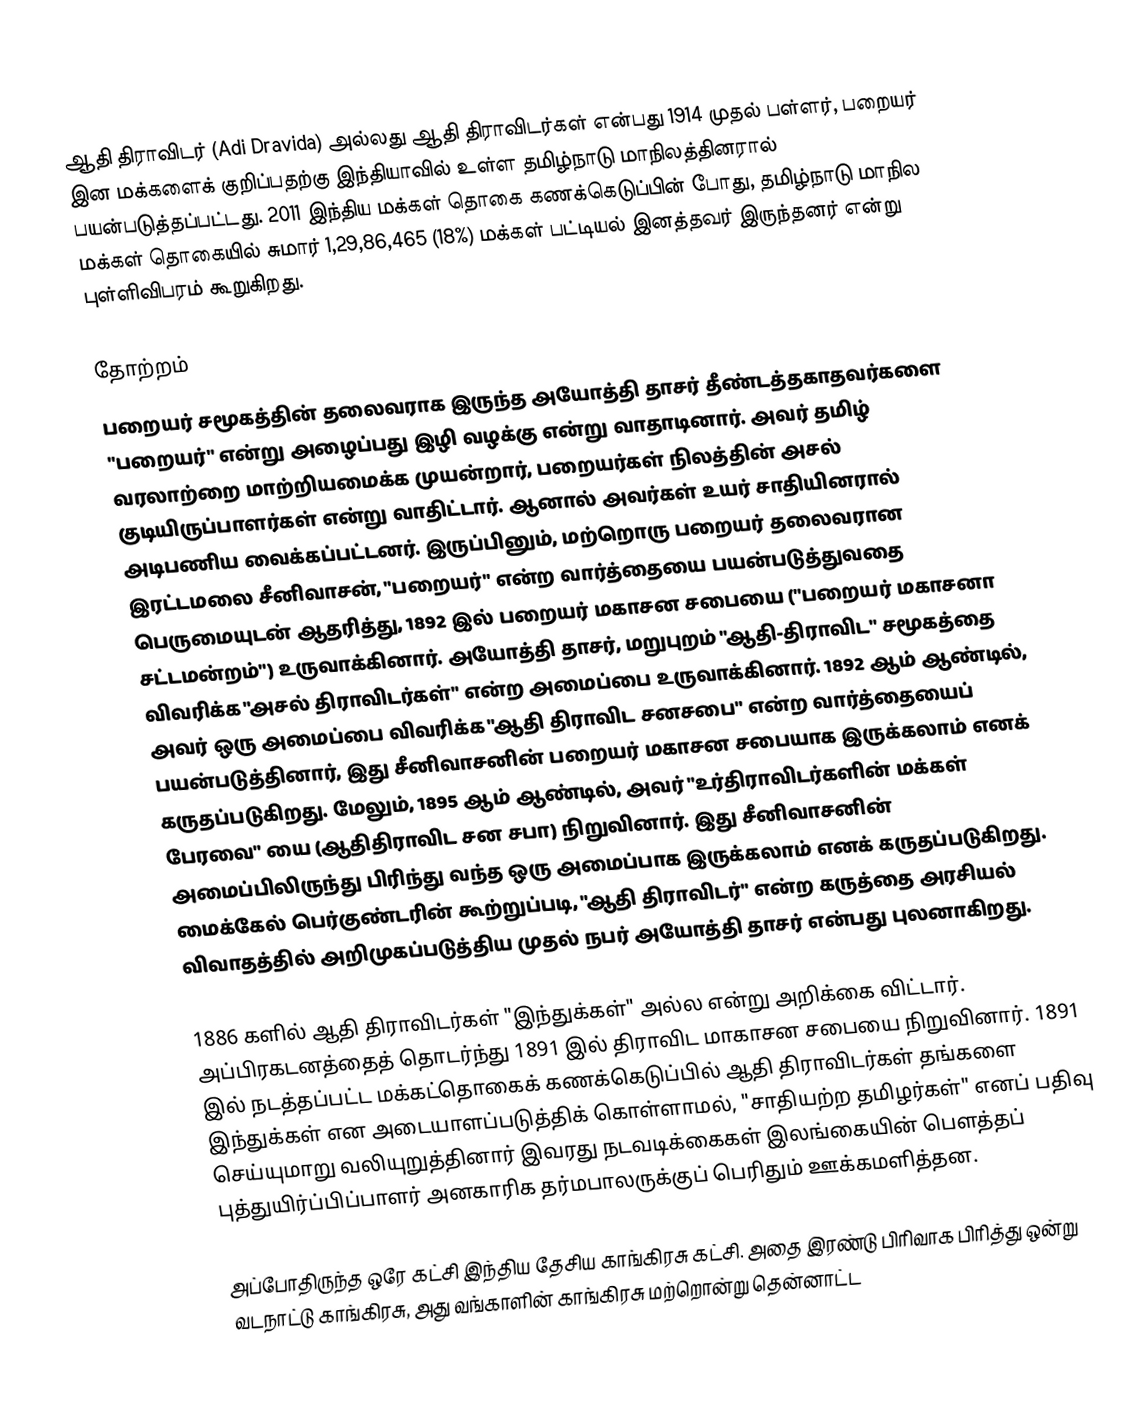
ஆதி திராவிடர் (Adi Dravida) அல்லது ஆதி திராவிடர்கள் என்பது 1914 முதல் பள்ளர், பறையர் இன மக்களைக் குறிப்பதற்கு  இந்தியாவில் உள்ள தமிழ்நாடு மாநிலத்தினரால் பயன்படுத்தப்பட்டது.  2011 இந்திய மக்கள் தொகை கணக்கெடுப்பின் போது, தமிழ்நாடு மாநில மக்கள் தொகையில் சுமார் 1,29,86,465 (18%) மக்கள் பட்டியல் இனத்தவர் இருந்தனர் என்று புள்ளிவிபரம் கூறுகிறது.

தோற்றம்
பறையர் சமூகத்தின் தலைவராக இருந்த அயோத்தி தாசர் தீண்டத்தகாதவர்களை "பறையர்" என்று அழைப்பது இழி வழக்கு என்று வாதாடினார்.  அவர் தமிழ் வரலாற்றை மாற்றியமைக்க முயன்றார், பறையர்கள் நிலத்தின் அசல் குடியிருப்பாளர்கள் என்று வாதிட்டார். ஆனால் அவர்கள் உயர் சாதியினரால் அடிபணிய வைக்கப்பட்டனர். இருப்பினும், மற்றொரு பறையர் தலைவரான இரட்டமலை சீனிவாசன், "பறையர்" என்ற வார்த்தையை பயன்படுத்துவதை பெருமையுடன் ஆதரித்து, 1892 இல் பறையர் மகாசன சபையை ("பறையர் மகாசனா சட்டமன்றம்") உருவாக்கினார்.  அயோத்தி தாசர், மறுபுறம் "ஆதி-திராவிட" சமூகத்தை விவரிக்க "அசல் திராவிடர்கள்" என்ற அமைப்பை உருவாக்கினார். 1892 ஆம் ஆண்டில், அவர் ஒரு அமைப்பை விவரிக்க "ஆதி திராவிட சனசபை" என்ற வார்த்தையைப் பயன்படுத்தினார், இது சீனிவாசனின் பறையர் மகாசன சபையாக இருக்கலாம் எனக் கருதப்படுகிறது. மேலும், 1895 ஆம் ஆண்டில், அவர் "உர்திராவிடர்களின் மக்கள் பேரவை" யை (ஆதிதிராவிட சன சபா) நிறுவினார். இது சீனிவாசனின் அமைப்பிலிருந்து பிரிந்து வந்த ஒரு அமைப்பாக இருக்கலாம் எனக் கருதப்படுகிறது. மைக்கேல் பெர்குண்டரின் கூற்றுப்படி, "ஆதி திராவிடர்" என்ற கருத்தை அரசியல் விவாதத்தில் அறிமுகப்படுத்திய முதல் நபர் அயோத்தி தாசர் என்பது புலனாகிறது.

1886 களில் ஆதி திராவிடர்கள் "இந்துக்கள்" அல்ல என்று அறிக்கை விட்டார். அப்பிரகடனத்தைத் தொடர்ந்து 1891 இல் திராவிட மாகாசன சபையை நிறுவினார். 1891 இல் நடத்தப்பட்ட மக்கட்தொகைக் கணக்கெடுப்பில் ஆதி திராவிடர்கள் தங்களை இந்துக்கள் என அடையாளப்படுத்திக் கொள்ளாமல், "சாதியற்ற தமிழர்கள்" எனப் பதிவு செய்யுமாறு வலியுறுத்தினார் இவரது நடவடிக்கைகள் இலங்கையின் பௌத்தப் புத்துயிர்ப்பிப்பாளர் அனகாரிக தர்மபாலருக்குப் பெரிதும் ஊக்கமளித்தன.

அப்போதிருந்த ஒரே கட்சி இந்திய தேசிய காங்கிரசு கட்சி. அதை இரண்டு பிரிவாக பிரித்து ஒன்று வடநாட்டு காங்கிரசு, அது வங்காளின் காங்கிரசு மற்றொன்று தென்னாட்ட